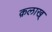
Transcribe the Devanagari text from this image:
क़लाख्‌